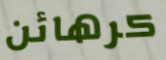
كرهائن